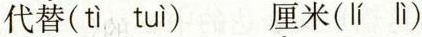
代\underset{·}{替}(tì tuì) \underset{·}{厘}米(lí lì)